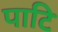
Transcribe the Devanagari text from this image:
पाटि